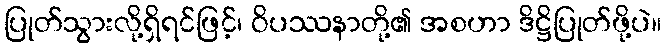
ပြုတ်သွားလို့ရှိရင်ဖြင့်၊ ဝိပဿနာတို့၏ အစဟာ ဒိဋ္ဌိပြုတ်ဖို့ပဲ။